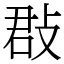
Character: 㪊